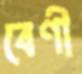
বেণী